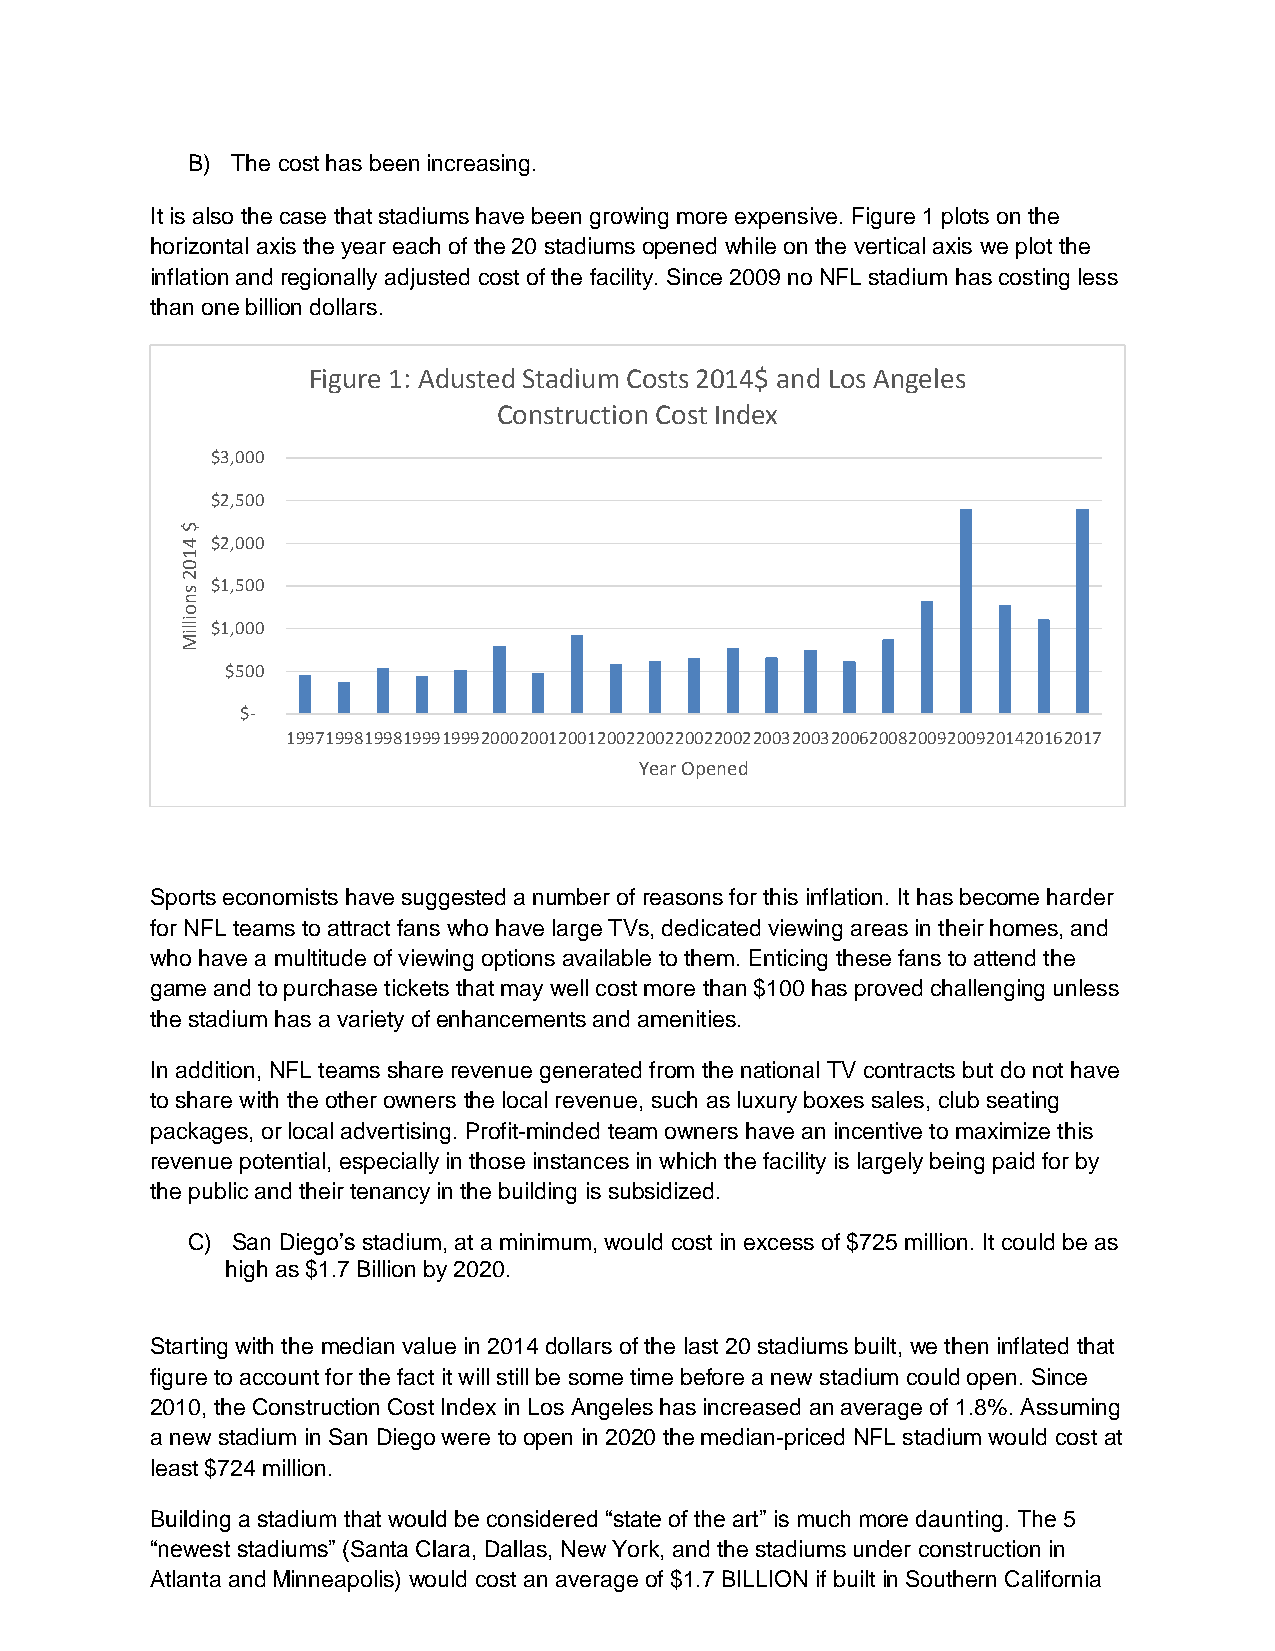
B) The cost has been increasing.
 It is also the case that stadiums have been growing more expensive. Figure 1 plots on the
 horizontal axis the year each of the 20 stadiums opened while on the vertical axis we plot the
 inflation and regionally adjusted cost of the facility. Since 2009 no NFL stadium has costing less
 than one billion dollars.
 Figure 1: Adusted Stadium Costs 2014$ and Los Angeles
 Construction Cost Index
 $3,000
 $2,500
 $
 4 $2,000
 1
 0
 2
 s
 $1,500
 n
 o
 illiM $1,000
 $500
 $-
 199719981998199919992000200120012002200220022002200320032006200820092009201420162017
 Year Opened
 Sports economists have suggested a number of reasons for this inflation. It has become harder
 for NFL teams to attract fans who have large TVs, dedicated viewing areas in their homes, and
 who have a multitude of viewing options available to them. Enticing these fans to attend the
 game and to purchase tickets that may well cost more than $100 has proved challenging unless
 the stadium has a variety of enhancements and amenities.
 In addition, NFL teams share revenue generated from the national TV contracts but do not have
 to share with the other owners the local revenue, such as luxury boxes sales, club seating
 packages, or local advertising. Profit-minded team owners have an incentive to maximize this
 revenue potential, especially in those instances in which the facility is largely being paid for by
 the public and their tenancy in the building is subsidized.
 C) San Diego’s stadium, at a minimum, would cost in excess of $725 million. It could be as
 high as $1.7 Billion by 2020.
 Starting with the median value in 2014 dollars of the last 20 stadiums built, we then inflated that
 figure to account for the fact it will still be some time before a new stadium could open. Since
 2010, the Construction Cost Index in Los Angeles has increased an average of 1.8%. Assuming
 a new stadium in San Diego were to open in 2020 the median-priced NFL stadium would cost at
 least $724 million.
 Building a stadium that would be considered “state of the art” is much more daunting. The 5
 “newest stadiums” (Santa Clara, Dallas, New York, and the stadiums under construction in
 Atlanta and Minneapolis) would cost an average of $1.7 BILLION if built in Southern California